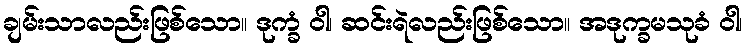
ချမ်းသာလည်းဖြစ်သော။ ဒုက္ခံ ဝါ၊ ဆင်းရဲလည်းဖြစ်သော။ အဒုက္ခမသုခံ ဝါ၊